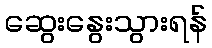
ဆွေးနွေးသွားရန်